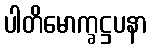
ပါတိမောက္ခဋ္ဌပနာ